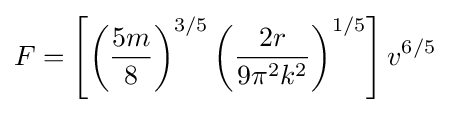
F=\left[\left({\frac {5m}{8}}\right)^{3/5}\left({\frac {2r}{9\pi ^{2}k^{2}}}\right)^{1/5}\right]v^{6/5}